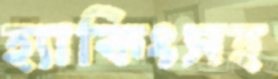
হ্যাকিংসহ